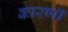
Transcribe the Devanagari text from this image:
कारणॊ